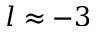
l \approx - 3